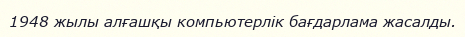
1948 жылы алғашқы компьютерлік бағдарлама жасалды.